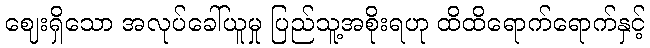
ဈေးရှိသော အလုပ်ခေါ်ယူမှု ပြည်သူ့အစိုးရဟု ထိထိရောက်ရောက်နှင့်